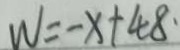
W = - x + 4 8 \cdot